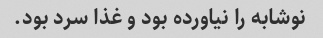
نوشابه را نیاورده بود و غذا سرد بود.